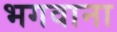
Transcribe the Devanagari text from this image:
भगवाना